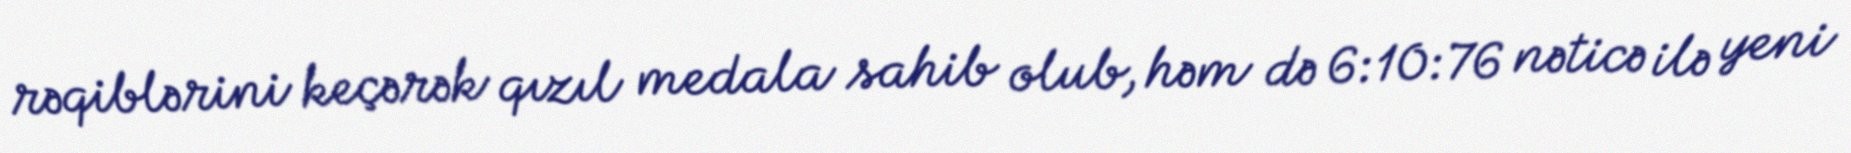
rəqiblərini keçərək qızıl medala sahib olub, həm də 6:10:76 nəticə ilə yeni